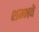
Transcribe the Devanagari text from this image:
शम्भवे